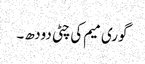
گوری میم کی چٹی دودھ ۔